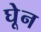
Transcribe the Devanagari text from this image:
घेून